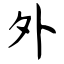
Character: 外